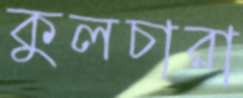
কুলচারা